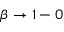
\beta \to 1 - 0